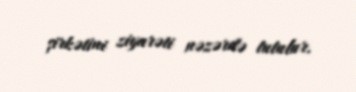
şirkətini ziyarəti nəzərdə tutulur.